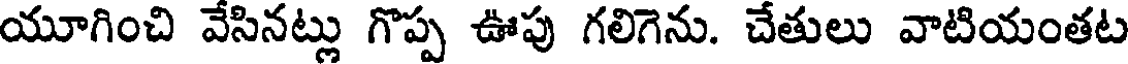
యూగించి వేసినట్లు గొప్ప ఊపు గలిగెను. చేతులు వాటియంతట